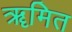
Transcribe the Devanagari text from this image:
ॠमित